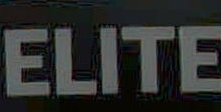
ELITE